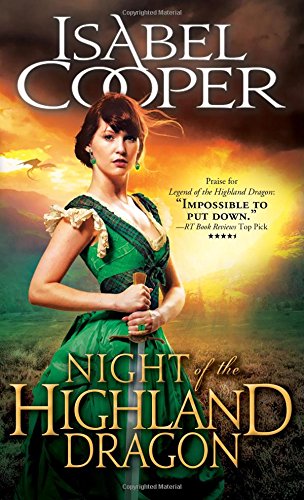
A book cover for Night of the Highland Dragon (Highland Dragons); Isabel Cooper; Romance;